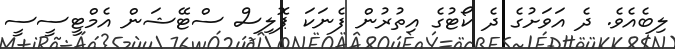
ލިބެއެވެ. ދެ އަވަށުގެ ދެ ކޯޓުގެ އިތުރުން ފެނަކަ ޕޮލިސް ސްޓޭޝަން އެމްޓީސީސީ